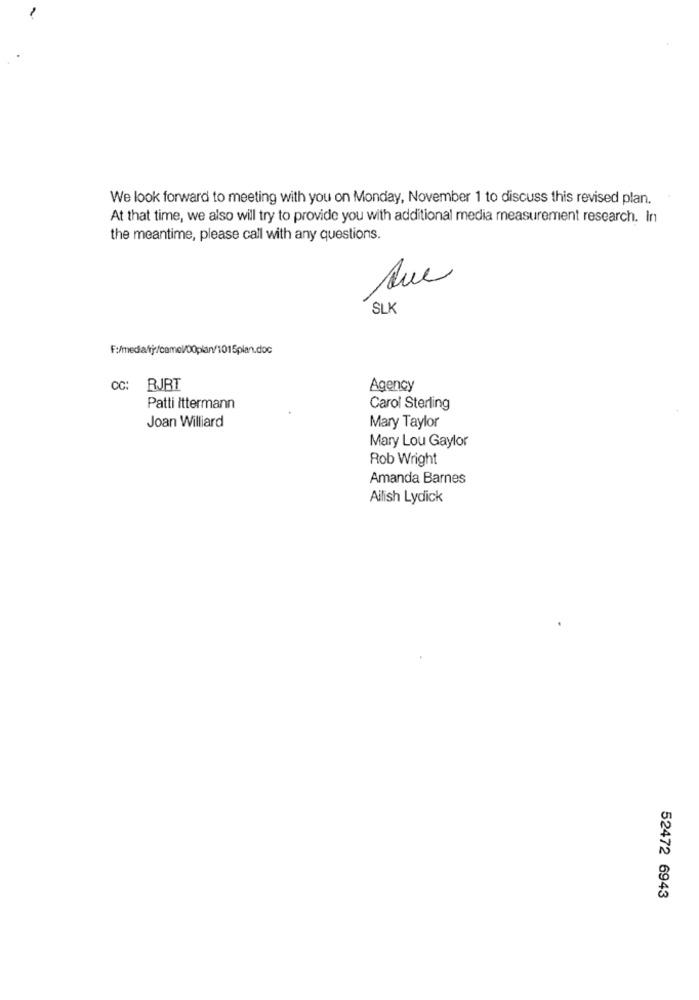
We look forward to meeting with you on Monday, November 1 to discuss this revised plan ..
At that time, we also will try to provide you with additional media measurement research. In
the meantime, please call with any questions.
Ruc
SLK
F:/media/tj:/camel/00plan/1015plan.doc
CC: RJBT
Agency
Patti Ittermann
Carol Sterling
Joan Williard
Mary Taylor
Mary Lou Gaylor
Rob Wright
Amanda Barnes
Ailish Lydick
52472 6943